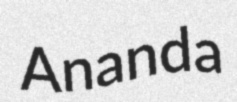
Ananda